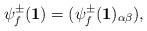
LaTeX: \begin{align*}\psi^{\pm}_f({\bf 1})=(\psi^{\pm}_f({\bf 1})_{\alpha \beta}),\end{align*}